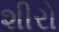
શીરો